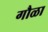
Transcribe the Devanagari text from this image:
गौळा